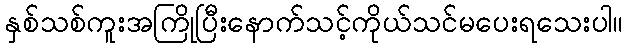
နှစ်သစ်ကူးအကြိုပြီးနောက်သင့်ကိုယ်သင်မပေးရသေးပါ။